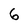
Character: 6